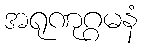
အရုဏုဂ္ဂမနံ